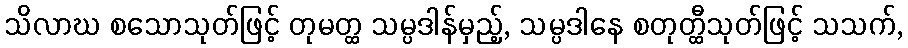
သိလာဃ စသောသုတ်ဖြင့် တုမတ္ထ သမ္ပဒါန်မှည့်, သမ္ပဒါနေ စတုတ္ထီသုတ်ဖြင့် သသက်,